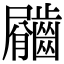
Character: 𪙇